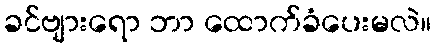
ခင်ဗျားရော ဘာ ထောက်ခံပေးမလဲ။